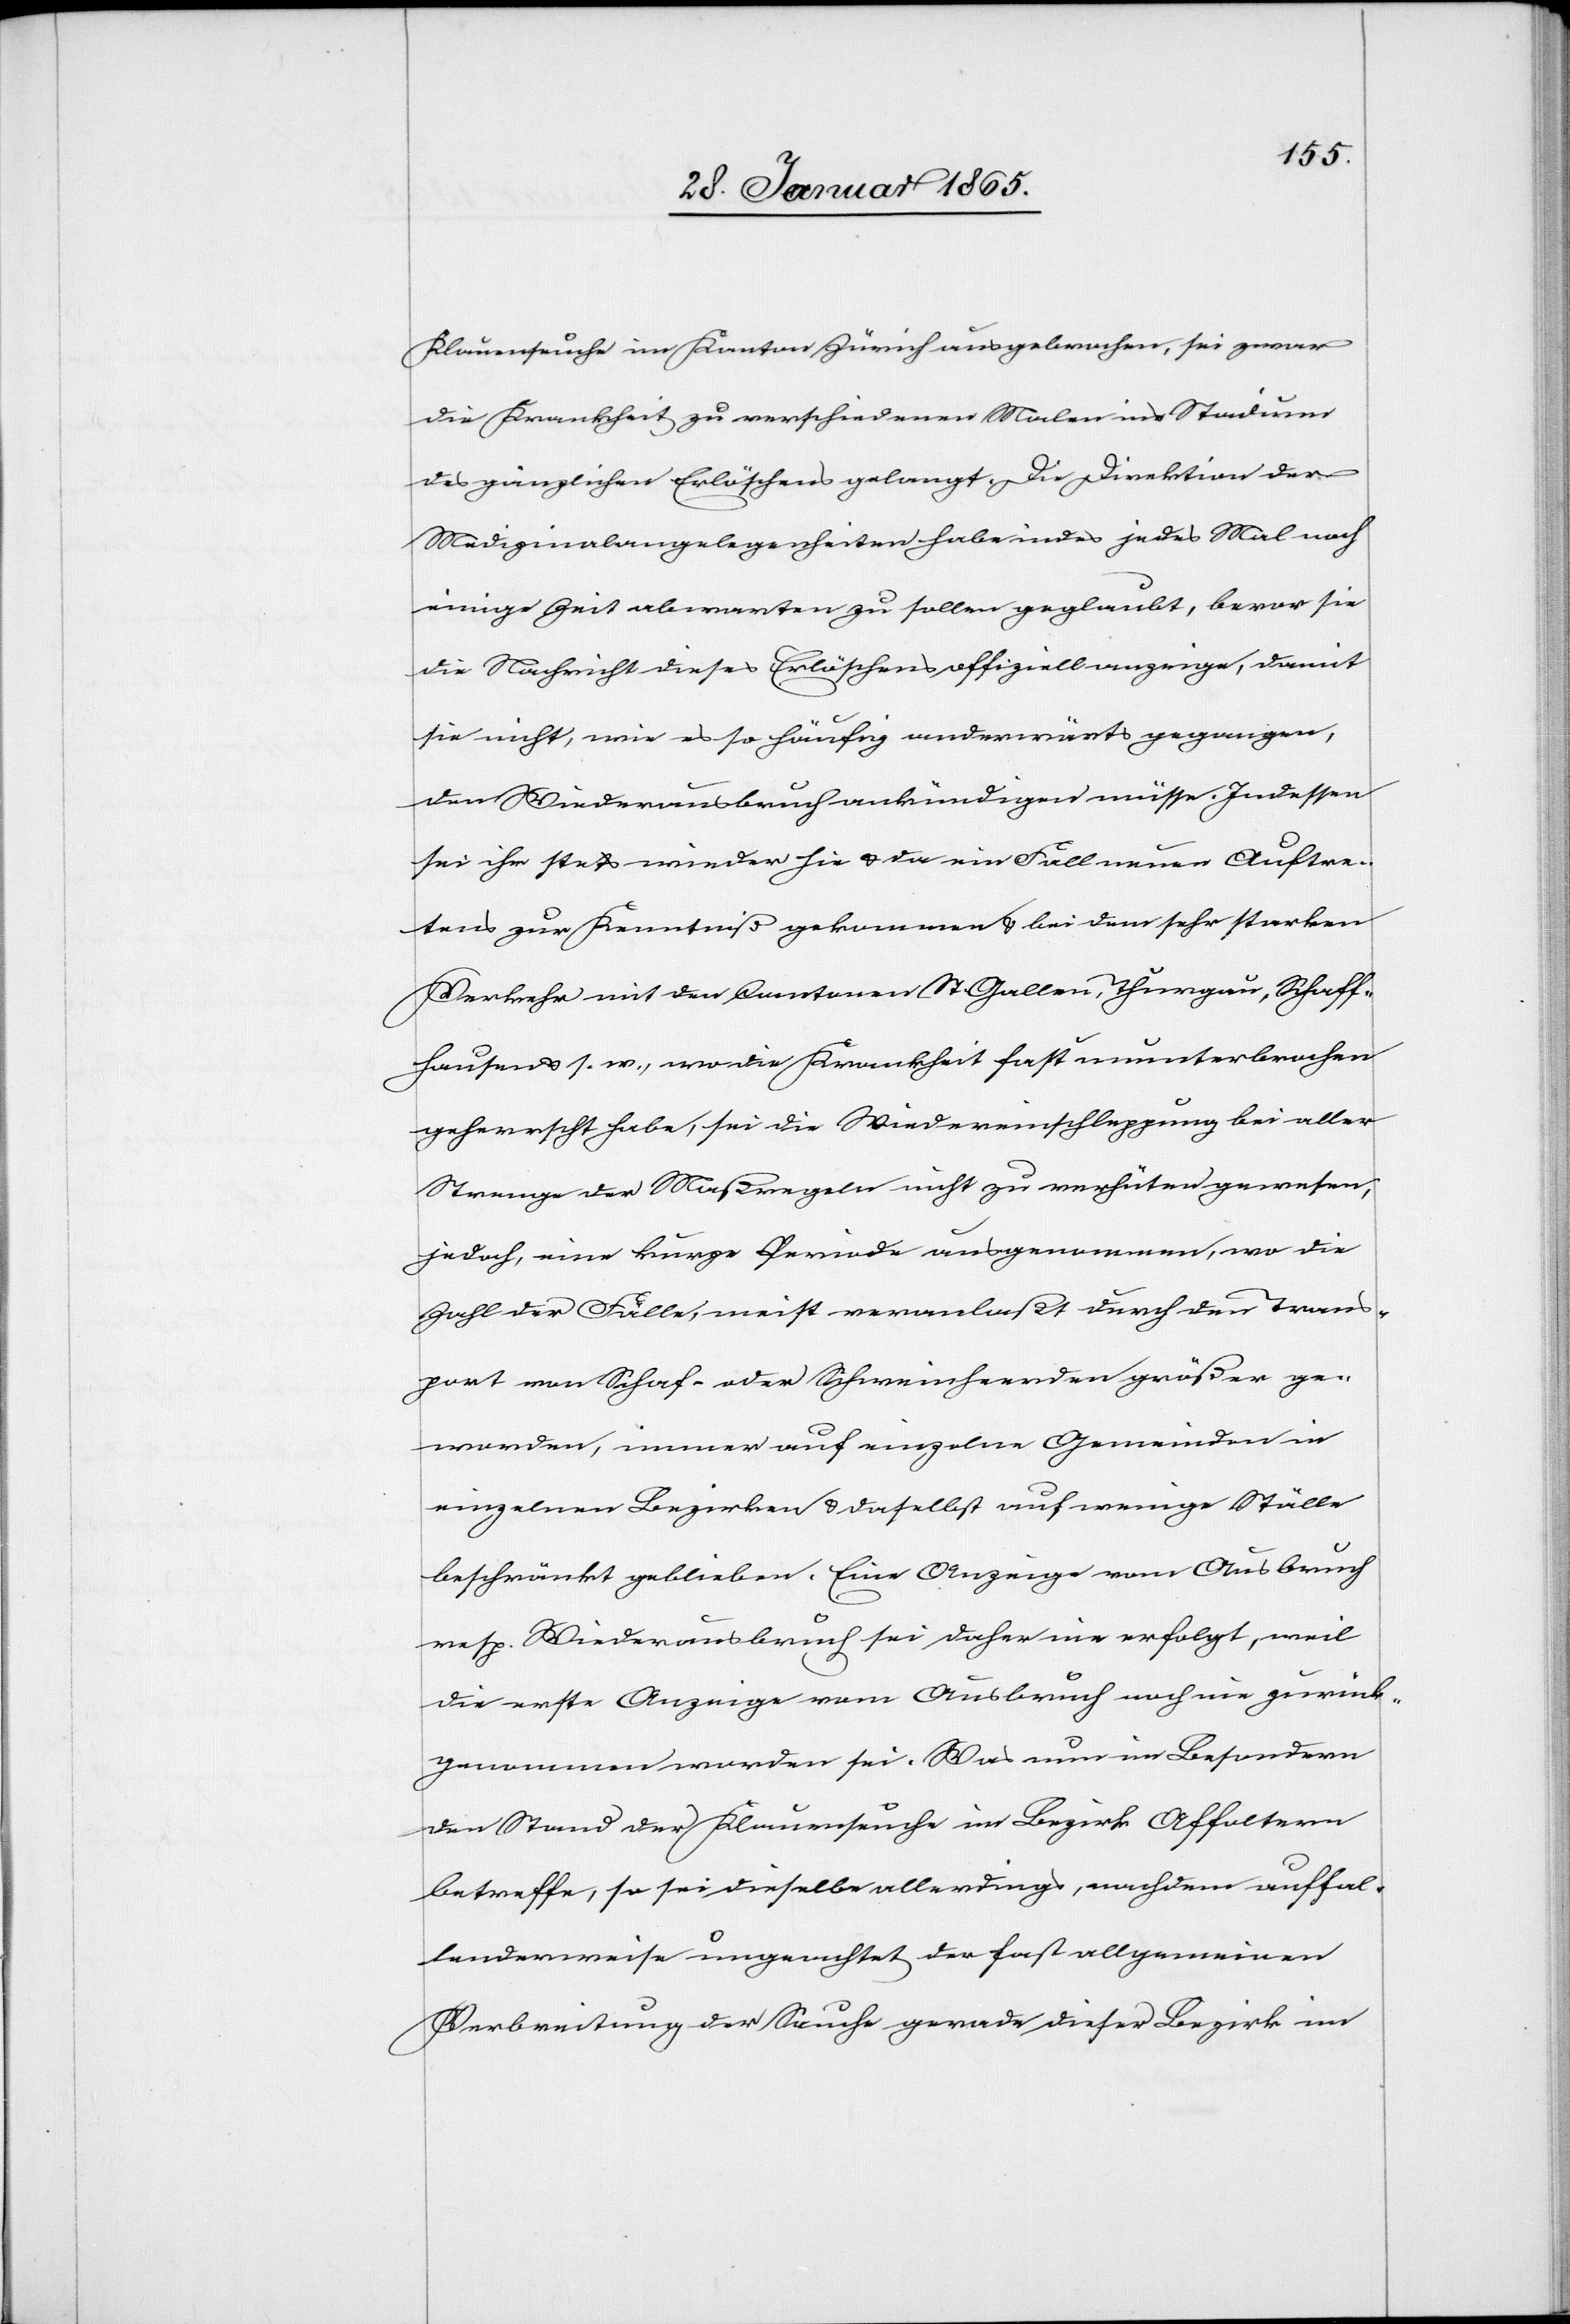
Klauenseuche im Kanton Zürich ausgebrochen, sei zwar
die Krankheit zu verschiedenen Malen ins Stadium
des gänzlichen Erlöschens gelangt. Die Direktion der
Medizinalangelegenheiten habe indes jedes Mal noch
einige Zeit abwarten zu sollen geglaubt, bevor sie
die Nachricht dieses Erlöschens offiziell anzeige, damit
sie nicht, wie es so häufig anderwärts gegangen,
den Wiederausbruch ankündigen müsse. Indessen
sei ihr stets wieder hie u. da ein Fall neuen Auftre¬
tens zur Kenntniß gekommen u. bei dem sehr starken
Verkehr mit den Cantonen St. Gallen, Thurgau, Schaff¬
hausen u. s. w., wo die Krankheit fast ununterbrochen
geherrscht habe, sei die Wiedereinschleppung bei aller
Strenge der Maßregeln nicht zu verhüten gewesen;
jedoch, eine kurze Periode ausgenommen, wo die
Zahl der Fälle, meist veranlaßt durch den Trans¬
port von Schaf- oder Schweinheerden größer ge¬
worden, immer auf einzelne Gemeinden in
einzelnen Bezirken u. daselbst auf wenige Ställe
beschränkt geblieben. Eine Anzeige vom Ausbruch
resp. Wiederausbruch sei daher nie erfolgt, weil
die erste Anzeige vom Ausbruch noch nie zurück¬
genommen worden sei. Was nun im Besondern
den Stand der Klauenseuche im Bezirk Affoltern
betreffe, so sei dieselbe allerdings, nachdem auffal¬
lenderweise ungeachtet der fast allgemeinen
Verbreitung der Seuche gerade dieser Bezirk im